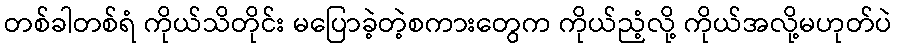
တစ်ခါတစ်ရံ ကိုယ်သိတိုင်း မပြောခဲ့တဲ့စကားတွေက ကိုယ်ညံ့လို့ ကိုယ်အလို့မဟုတ်ပဲ